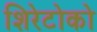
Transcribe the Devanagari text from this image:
शिरेटोको